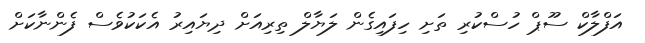
އަފްލާކް ސޫޕް ހުސްކުރި ތަށި ހިފައިގެން ލަޔާލް ތިރިއަށް ދިޔައިރު އެކަކުވެސް ފެންނާކަށް